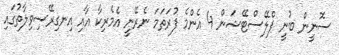
ސޮނީން ބުނީ ޕްލޭސްޓޭޝަން 4 އެންމެ ފުރަތަމަ ނެރޭނީ އެމެރިކާ އާއި އިނގިރޭސިވިލާތުގައި